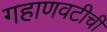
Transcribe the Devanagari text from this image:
गहाणवटीची